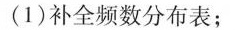
(1)补全频数分布表；